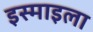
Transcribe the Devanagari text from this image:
इस्माइला